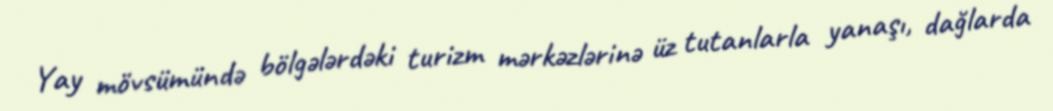
Yay mövsümündə bölgələrdəki turizm mərkəzlərinə üz tutanlarla yanaşı, dağlarda